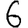
Digit: 6